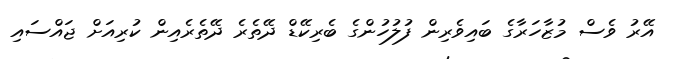
އޭރު ވެސް މުޒާހަރާގެ ބައިވެރިން ފުލުހުންގެ ބެރިކޭޑް ދޭތެރެ ދޭތެރެއިން ކުރިއަށް ޖައްސައި